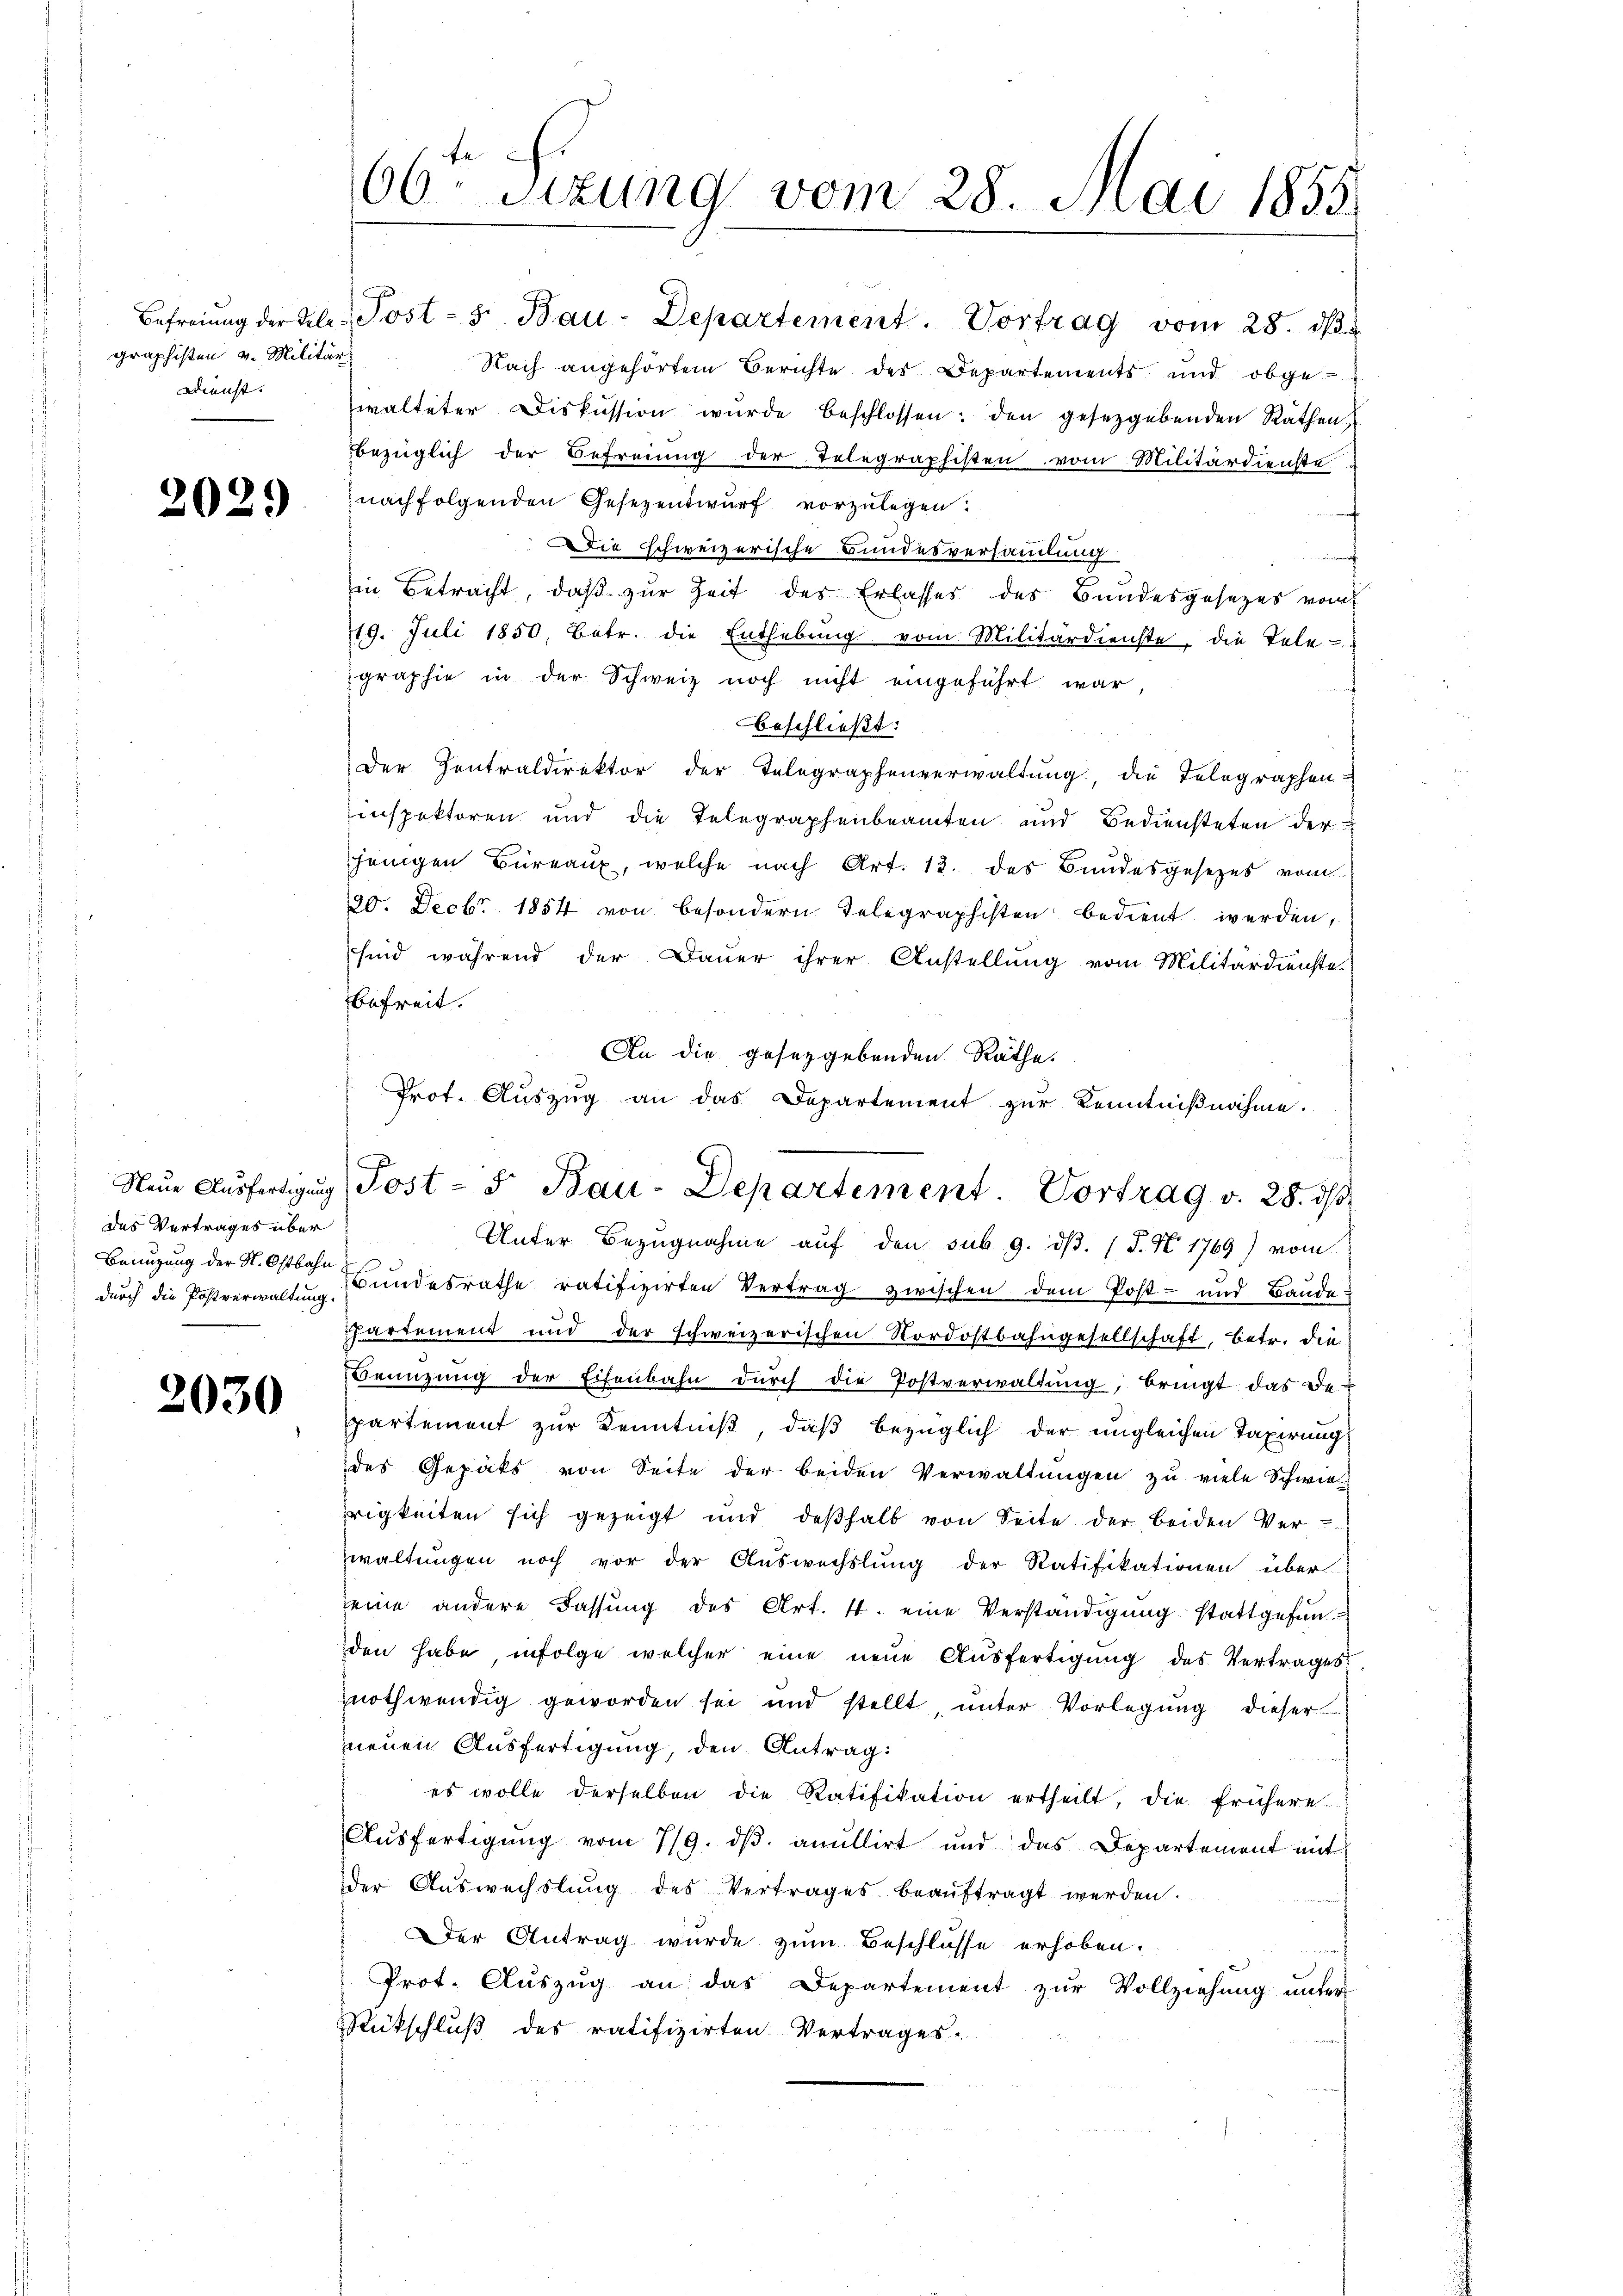
Dienst. |

2029

das Vertrages über
durch die Postverwaltung.

2030

Befreiung der Klein Post - 5. Bau-Departement. Vortrag vom 28. dβ.
graphisten v. Militär Nach angehörtem Berichte des Departements und obgewalteter Diskussion wurde beschlossen: den gesetzgebenden Räthen
bezüglich der Befreiung der Telegraphisten vom Militärdienste
nachfolgenden Gesezentwurf vorzulegen.
e
Die schweizerische Bundesversammlung
.
in Betracht, daß zur Zeit des Erlasses des Bundesgesezes vom
19. Juli 1850, Betr. die Enthebŭng vom Militärdienste, die Tele
graphie in der Schweiz noch nicht eingeführt war,
beschließt:
Der Zentraldirektor der Telegraphenverwaltŭng, die Telegraphen-
Einspektoren und die Telegraphenbeamten und Bediensteten der
jenigen Büreaux, welche nach Art. 13. des Bundesgesezes vom
20. Decbr. 1854 von besondern Telegraphisten bedient werden,
sind während der Dauer ihrer Anstellung vom Militärdienste
befreit.
An die gesetzgebenden Räthe.
Unter Bezugnahme auf den sub 9. dβ. (T. N. 1769) vom
Benuzung der St. Oser Bundesrathe ratifizirten Vertrag zwischen dem Post- und Baude
ppartement und der schweizerischen Nordostbahngesellschaft, betr. die
Benŭtzŭng der Eisenbahn dŭrch die Postverwaltŭng bringt das De-
partement zur Kenntniß, daß bezüglich der ungleichen Taxirung
des Gepäks von Seite der beiden Verwaltungen zu viele Schwierigkeiten sich gezeigt und deβhalb von Seite der beiden Ver-
zwaltŭngen noch vor der Aŭswechslung der Ratifikationen über
seine andere Fassung des Art. 4. eine Verständigung stattgefunden habe, infolge welcher eine neue Ausfertigung des Vertrages
znothwendig geworden sei und stellt, unter Vorlegung dieser
neuen Ausfertigung, den Antrag:
es wolle derselben die Ratifikation ertheilt, die frühere
Aŭsfertigŭng vom 7/9. dβ anullirt und das Departement mit
der Auswechslung des Vertrages beaŭftragt werden.
Der Antrag wurde zum Beschlusse erhoben.
Prot. Aŭszŭg an das Departement zŭr Vollziehŭng ŭnter
Rückschluß des ratifizirten Vertrages.

06ten Sizung vom 28. Mai 1855.

Prot. Aŭszŭg an das Departement zŭr Kenntniβnahme.
Neŭe Aŭsfertigung Post- u Bau-Departement. Vortrag v. 28. dβ